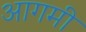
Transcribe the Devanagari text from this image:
आगमी